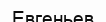
Евгеньев